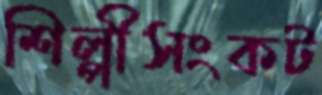
শিল্পীসংকট